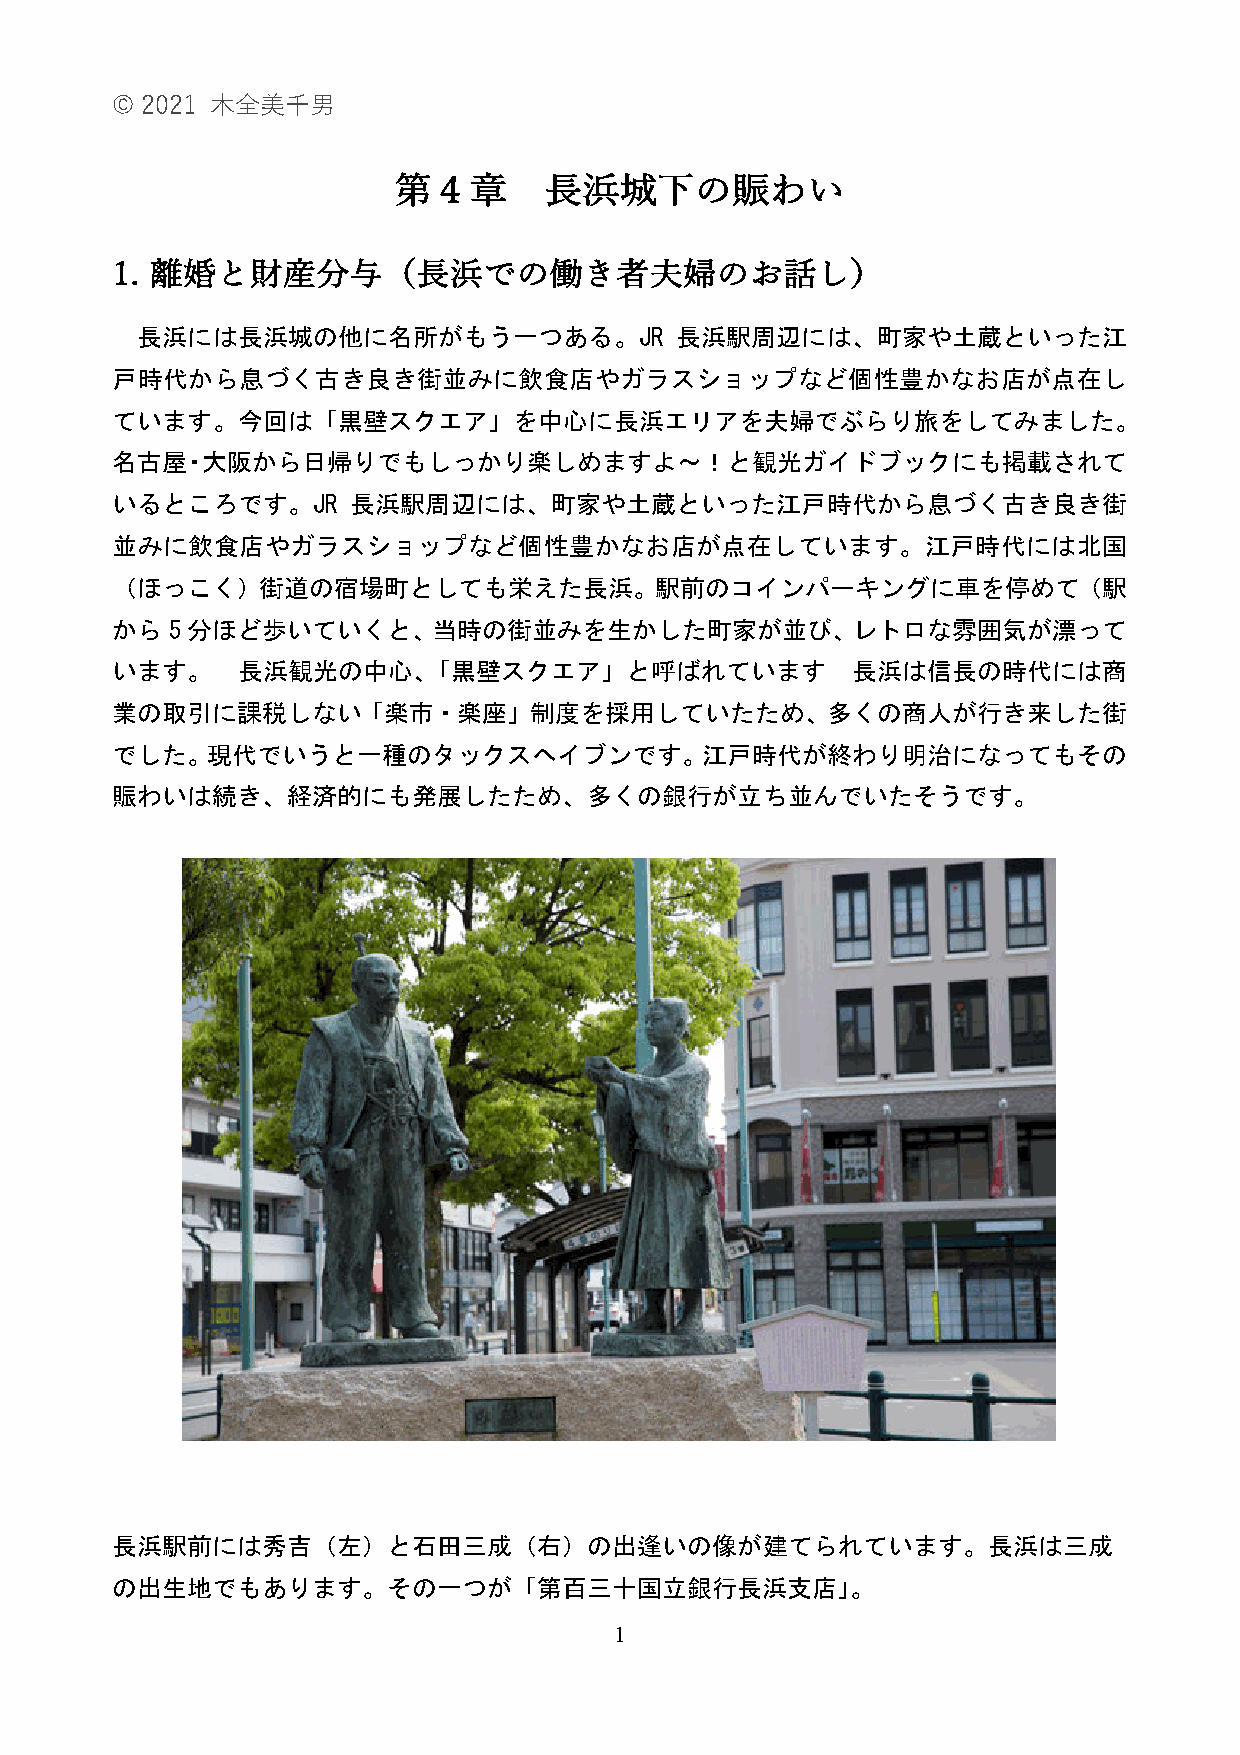
© 2021 ⽊全美千男
 第４章       ⻑浜城下の賑わい
 1. 離婚と財産分与（⻑浜での働き者夫婦のお話し）
 長浜には長浜城の他に名所がもう一つある。JR              長浜駅周辺には、町家や土蔵といった江
 戸時代から息づく古き良き街並みに飲食店やガラスショップなど個性豊かなお店が点在し
 ています。今回は「黒壁スクエア」を中心に長浜エリアを夫婦でぶらり旅をしてみました。
 名古屋・大阪から日帰りでもしっかり楽しめますよ～！と観光ガイドブックにも掲載されて
 いるところです。JR      長浜駅周辺には、町家や土蔵といった江戸時代から息づく古き良き街
 並みに飲食店やガラスショップなど個性豊かなお店が点在しています。江戸時代には北国
 （ほっこく）街道の宿場町としても栄えた長浜。駅前のコインパーキングに車を停めて（駅
 から5分ほど歩いていくと、当時の街並みを生かした町家が並び、レトロな雰囲気が漂って
 います。     長浜観光の中心、「黒壁スクエア」と呼ばれています                長浜は信長の時代には商
 業の取引に課税しない「楽市・楽座」制度を採用していたため、多くの商人が行き来した街
 でした。現代でいうと一種のタックスヘイブンです。江戸時代が終わり明治になってもその
 賑わいは続き、経済的にも発展したため、多くの銀行が立ち並んでいたそうです。
 長浜駅前には秀吉（左）と石田三成（右）の出逢いの像が建てられています。長浜は三成
 の出生地でもあります。その一つが「第百三十国立銀行長浜支店」。
 1